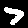
Digit: 7